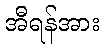
အီရန်အား